Scottish Leaving Certificate Examination, 1956
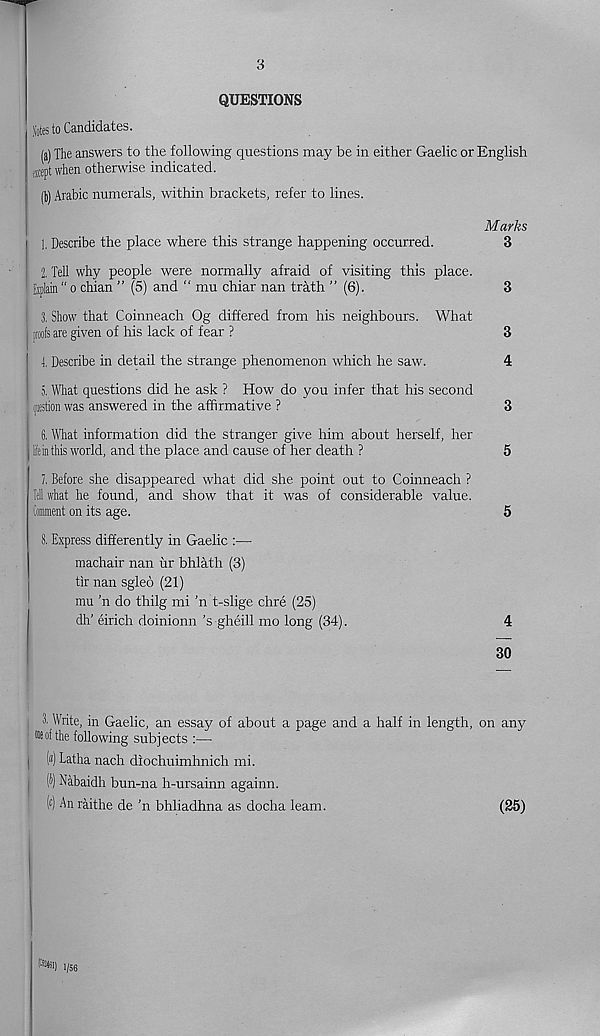
3
QUESTIONS
lies to Candidates.
(a) The answers to the following questions may be in either Gaelic or English
scept when otherwise indicated.
(b) Arabic numerals, within brackets, refer to lines.
Marks
1. Describe the place where this strange happening occurred.
3
2. Tell why people were normally afraid of visiting this place.
Explain “ o chian ” (5) and “ mu chiar nan trath ” (6).
3
3. Show that Coinneach Og differed from his neighbours. What
proofs are given of his lack of fear ?
3
4. Describe in detail the strange phenomenon which he saw.
4
5. What questions did he ask ? How do you infer that his second
(lestion was answered in the affirmative ?
3
6. What information did the stranger give him about herself, her
iein this world, and the place and cause of her death ?
5
7. Before she disappeared what did she point out to Coinneach ?
Ttll what he found, and show that it was of considerable value.
Comment on its age.
5
8. Express differently in Gaelic :—
machair nan ur bhlath (3)
tir nan sgleo (21)
mu ’n do thilg mi ’n t-slige chre (25)
dli’ eirich doinionn’s gheill mo long (34).
4
30
1 Write, in Gaelic, an essay of about a page and a half in length, on any
• of the following subjects :—
(«) Latha nach diochuimhnich mi.
(J) Nabaidh bun-na h-ursainn againn.
( e ) An raithe de 'n bhliadhna as docha learn.
(25)
1/56